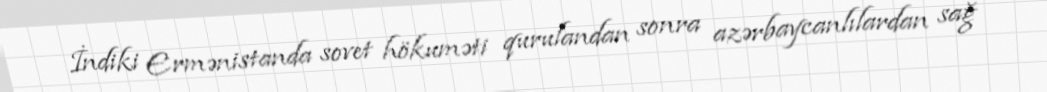
İndiki Ermənistanda sovet hökuməti qurulandan sonra azərbaycanlılardan sağ